Civil Veterinary Department Bengal reports 1933-51 - 1933-1951
Year: 1933
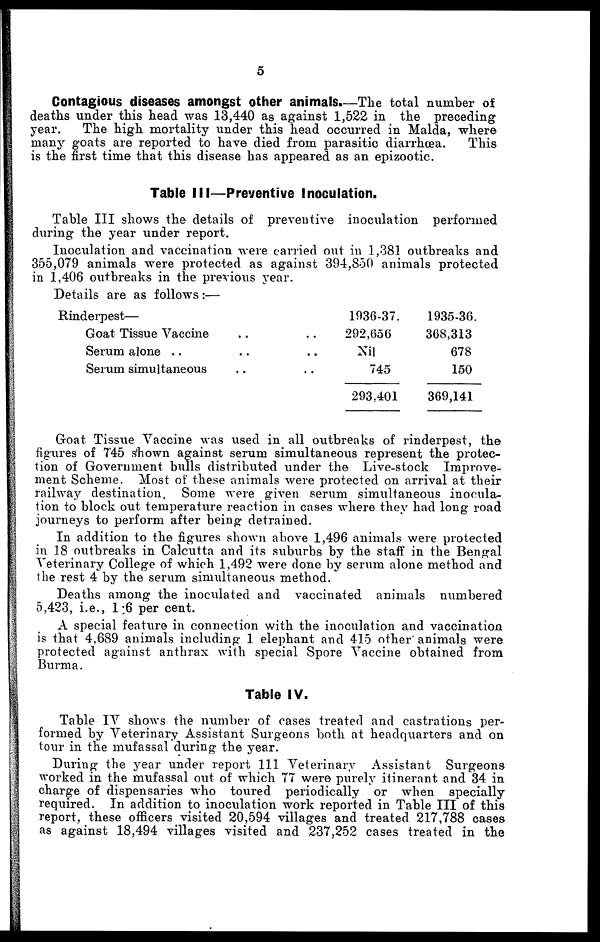
5
Contagious diseases amongst other animals.—The total number of
deaths under this head was 13,440 as against 1,522 in the preceding
year.
The high mortality under this head occurred in Malda, where
many goats are reported to have died from parasitic diarrhoea.
This
is the first time that this disease has appeared as an epizootic.
Table III—Preventive Inoculation.
Table III shows the details of preventive inoculation performed
during the year under report.
Inoculation and vaccination were carried out in 1,381 outbreaks and
355,079 animals were protected as against 394,850 animals protected
in 1,406 outbreaks in the previous year.
Details are as follows :—
Rinderpest—
Goat Tissue Vaccine
Serum alone ..
Serum simultaneous
..
..
..
..
..
..
1936-37.
292,656
Nil
745
293,401
1935-36.
368,313
678
150
369,141
Goat Tissue Vaccine was used in all outbreaks of rinderpest, the
figures of 745 shown against serum simultaneous represent the protec-
tion of Government bulls distributed under the Live-stock Improve-
ment Scheme. Most of these animals were protected on arrival at their
railway destination. Some were given serum simultaneous inocula-
tion to block out temperature reaction in cases where they had long road
journeys to perform after being detrained.
In addition to the figures shown above 1,496 animals were protected
in 18 outbreaks in Calcutta and its suburbs by the staff in the Bengal
Veterinary College of which 1,492 were done by serum alone method and
the rest 4 by the serum simultaneous method.
Deaths among the inoculated and vaccinated animals numbered
5,423, i.e., 1 ;6 per cent.
A special feature in connection with the inoculation and vaccination
is that 4,689 animals including 1 elephant and 415 other animals were
protected against anthrax with special Spore Vaccine obtained from
Burma.
Table IV.
Table IV shows the number of cases treated and castrations per-
formed by Veterinary Assistant Surgeons both at headquarters and on
tour in the mufassal during the year.
During the year under report 111 Veterinary Assistant Surgeons
worked in the mufassal out of which 77 were purely itinerant and 34 in
charge of dispensaries who toured periodically or when specially
required. In addition to inoculation work reported in Table III of this
report, these officers visited 20,594 villages and treated 217,788 cases
as against 18,494 villages visited and 237,252 cases treated in the